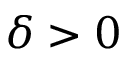
\delta > 0